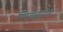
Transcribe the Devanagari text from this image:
गिरगांवातील